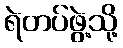
ရဲတပ်ဖွဲ့သို့